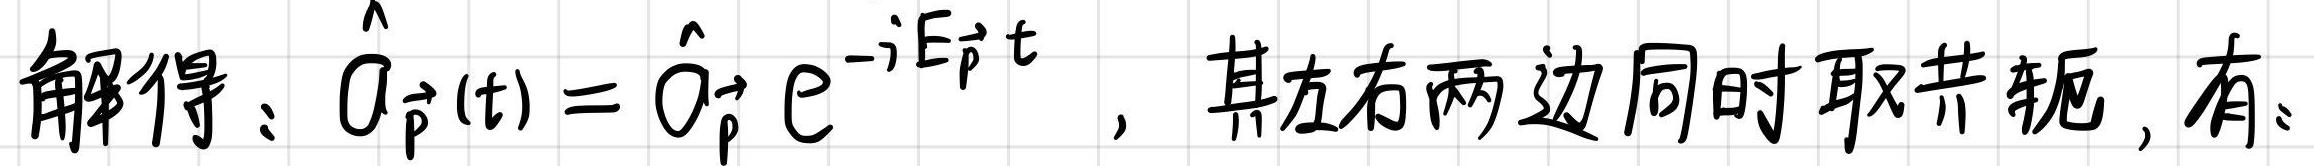
解得：$\hat{a}_{\vec{p}}(t)=\hat{a}_{\vec{p}} e^{-i E_{\vec{p}} t}$，其左右两边同时取共轭，有：